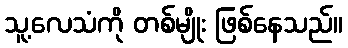
သူ့လေသံကို တစ်မျိုး ဖြစ်နေသည်။